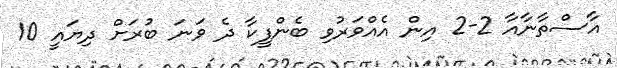
އާސްތާނާއާ 2-2 އިން އެއްވަރުވި ބެންފީކާ ދެ ވަނަ ބުރަށް ދިޔައީ 10